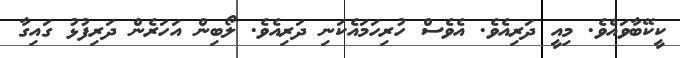
ކީކޭބާވައެވެ. މިއީ ދަރިއެވެ. އެވެސް ހުރިހަމައެކަނި ދަރިއެވެ. ލޯބިން އަހަރެން ދަރިފުޅު ގައިގާ